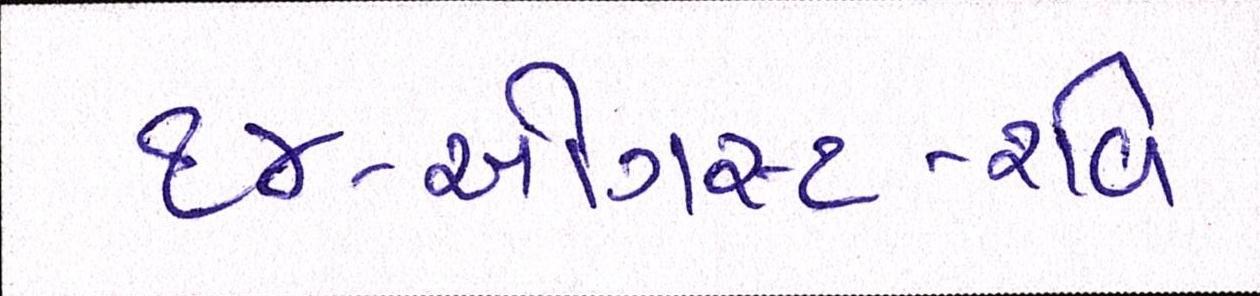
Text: ૧૪-ઓગસ્ટ-રવિ